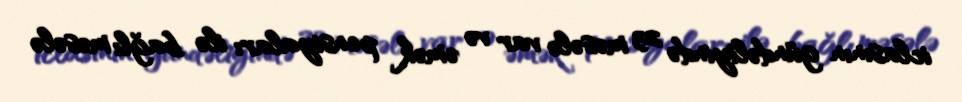
iclasının gündəliyində 23 məsələ var və əmək pensiyaları ilə bağlı məsələ